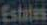
Estates